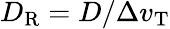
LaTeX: D_{\mathrm{R}}=D/\Delta v_{\mathrm{T}}